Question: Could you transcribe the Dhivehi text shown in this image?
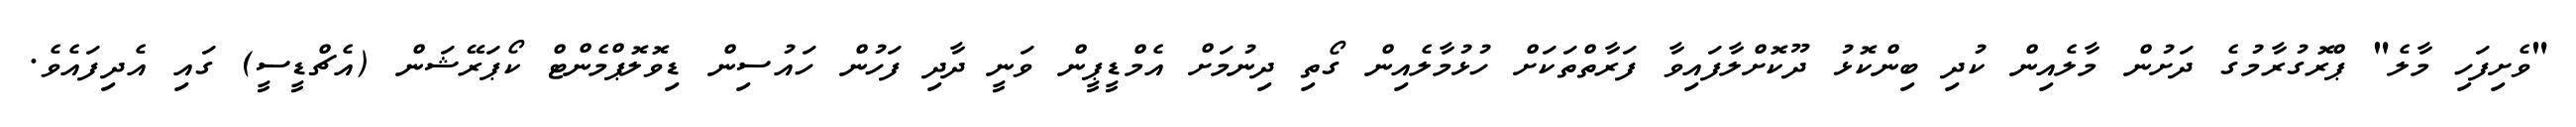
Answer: "ވެށިފަހި މާލެ" ޕްރޮގުރާމުގެ ދަށުން މާލެއިން ކުދި ބިންކޮޅު ދޫކޮށްލާފައިވާ ފަރާތްތަކަށް ހުޅުމާލެއިން ގޯތި ދިނުމަށް އެމްޑީޕީން ވަނީ ދާދި ފަހުން ހައުސިން ޑިވޮލޮޕްމެންޓް ކޯޕަރޭޝަން (އެޗްޑީސީ) ގައި އެދިފައެވެ.